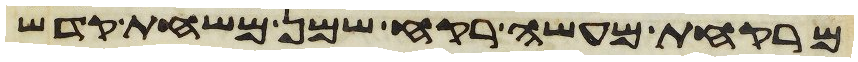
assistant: מרקחת מעשה רקח שמן משחת קדש